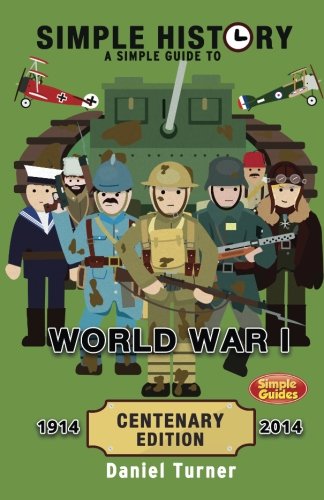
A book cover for Simple History: A simple guide to World War I - CENTENARY EDITION; Daniel Turner; Children's Books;